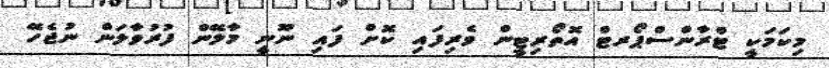
މިކަމަކީ ޓްރާންސްޕޯރޓް އޮތޯރިޓީން ވެރިފައި ކޮށް ފައި ނޫނީ މާލޭން ފުރުވާލަން ނުޖެހޭ